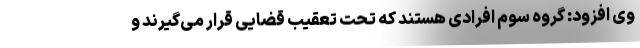
وی افزود: گروه سوم افرادی هستند که تحت تعقیب قضایی قرار می‌گیرند و